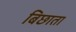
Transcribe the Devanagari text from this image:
बिछाता